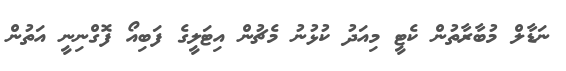
ނަޑާލް މުބާރާތުން ކެޓީ މިއަދު ކުޅުނު މެޗުން އިޓަލީގެ ފަބިއޯ ފޮގްނިނީ އަތުން